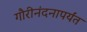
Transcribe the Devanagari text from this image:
गौरीनंदनापर्यंत